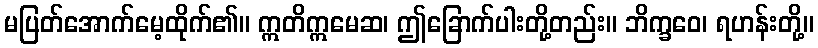
မပြတ်အောက်မေ့ထိုက်၏။ ဣတိဣမေဆ၊ ဤခြောက်ပါးတို့တည်း။ ဘိက္ခဝေ၊ ရဟန်းတို့။